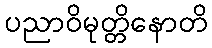
ပညာဝိမုတ္တိနောတိ